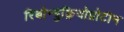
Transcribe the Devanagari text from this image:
रिबोन्युक्लियोप्रोटीन